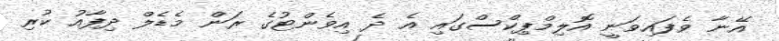
އޭނާ ވެފައިވަނީ އޮލިމްޕިކްސްގައި އެ ދެ އިވެންޓުގެ ރަން މެޑެލް ދިފާއު ކުރި